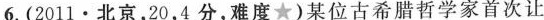
6.(2011·北京，20，4分，难度★)某位古希腊哲学家首次让